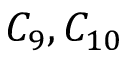
C _ { 9 } , C _ { 1 0 }